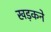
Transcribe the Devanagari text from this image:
खड़कने